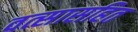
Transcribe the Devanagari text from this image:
वत्सासहित